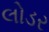
લોડર